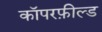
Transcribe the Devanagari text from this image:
कॉपरफ़ील्ड